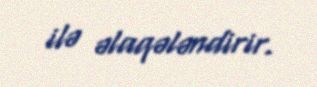
ilə əlaqələndirir.